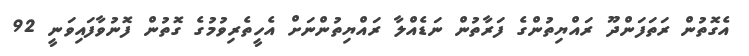
އެގޮތުން ރަތަފަންދޫ ރައްޔިތުންގެ ފަރާތުން ނަޑެއްލާ ރައްޔިތުންނަށް އެހީތެރިވުމުގެ ގޮތުން ފޮނުވާފައިވަނީ 92